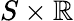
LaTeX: S\times\mathbb{R}